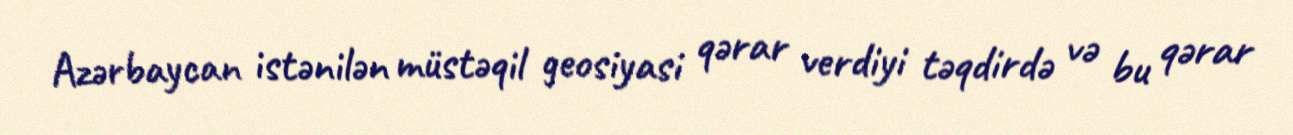
Azərbaycan istənilən müstəqil geosiyasi qərar verdiyi təqdirdə və bu qərar